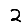
Digit: 2